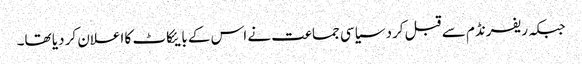
جبکہ ریفرنڈم سے قبل کرد سیاسی جماعت نے اس کے بایئکاٹ کا اعلان کر دیا تھا۔